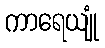
ကာရေယျုံ